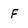
Character: F